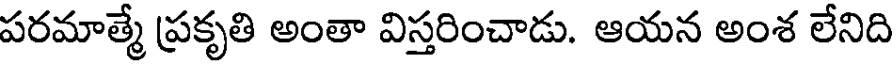
పరమాత్మే ప్రకృతి అంతా విస్తరించాడు. ఆయన అంశ లేనిది